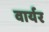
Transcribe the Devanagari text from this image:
वार्यर